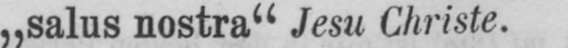
„salus nostra“ Jesu Christe.